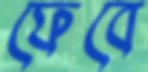
ফেবে